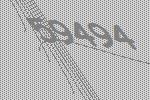
59494